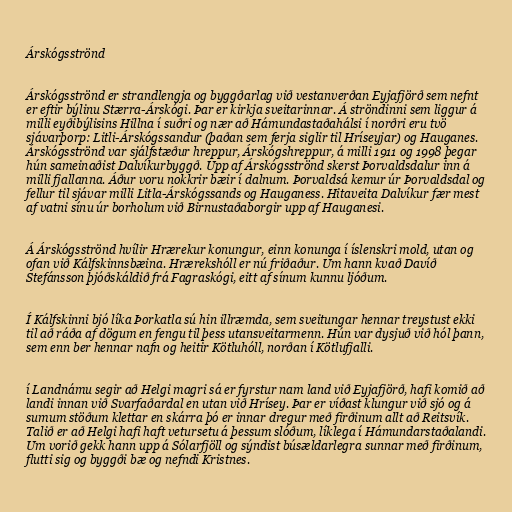
Árskógsströnd

Árskógsströnd er strandlengja og byggðarlag við vestanverðan Eyjafjörð sem nefnt
er eftir býlinu Stærra-Árskógi. Þar er kirkja sveitarinnar. Á ströndinni sem liggur á
milli eyðibýlisins Hillna í suðri og nær að Hámundastaðahálsi í norðri eru tvö
sjávarþorp: Litli-Árskógssandur (þaðan sem ferja siglir til Hríseyjar) og Hauganes.
Árskógsströnd var sjálfstæður hreppur, Árskógshreppur, á milli 1911 og 1998 þegar
hún sameinaðist Dalvíkurbyggð. Upp af Árskógsströnd skerst Þorvaldsdalur inn á
milli fjallanna. Áður voru nokkrir bæir í dalnum. Þorvaldsá kemur úr Þorvaldsdal og
fellur til sjávar milli Litla-Árskógssands og Hauganess. Hitaveita Dalvíkur fær mest
af vatni sínu úr borholum við Birnustaðaborgir upp af Hauganesi.

Á Árskógsströnd hvílir Hrærekur konungur, einn konunga í íslenskri mold, utan og
ofan við Kálfskinnsbæina. Hrærekshóll er nú friðaður. Um hann kvað Davíð
Stefánsson þjóðskáldið frá Fagraskógi, eitt af sínum kunnu ljóðum.

Í Kálfskinni bjó líka Þorkatla sú hin illræmda, sem sveitungar hennar treystust ekki
til að ráða af dögum en fengu til þess utansveitarmenn. Hún var dysjuð við hól þann,
sem enn ber hennar nafn og heitir Kötluhóll, norðan í Kötlufjalli.

í Landnámu segir að Helgi magri sá er fyrstur nam land við Eyjafjörð, hafi komið að
landi innan við Svarfaðardal en utan við Hrísey. Þar er víðast klungur við sjó og á
sumum stöðum klettar en skárra þó er innar dregur með firðinum allt að Reitsvík.
Talið er að Helgi hafi haft vetursetu á þessum slóðum, líklega í Hámundarstaðalandi.
Um vorið gekk hann upp á Sólarfjöll og sýndist búsældarlegra sunnar með firðinum,
flutti sig og byggði bæ og nefndi Kristnes.